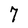
Character: 7